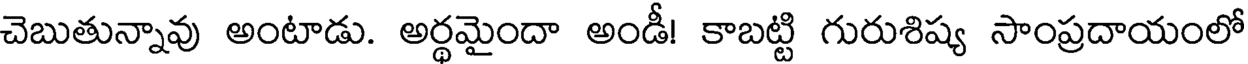
చెబుతున్నావు అంటాడు. అర్థమైందా అండీ! కాబట్టి గురుశిష్య సాంప్రదాయంలో